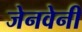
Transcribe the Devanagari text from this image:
जेनवेनी